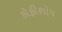
કોફીશોપ